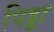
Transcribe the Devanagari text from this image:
पिड्डा